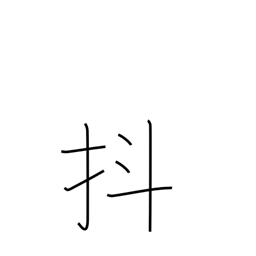
Meaning: jiggle